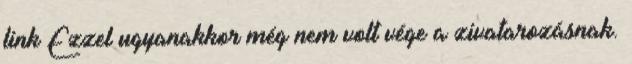
link Ezzel ugyanakkor még nem volt vége a zivatarozásnak.